Lunatic asylums Punjab 1911-1921 - 1911-1921
Year: 1911
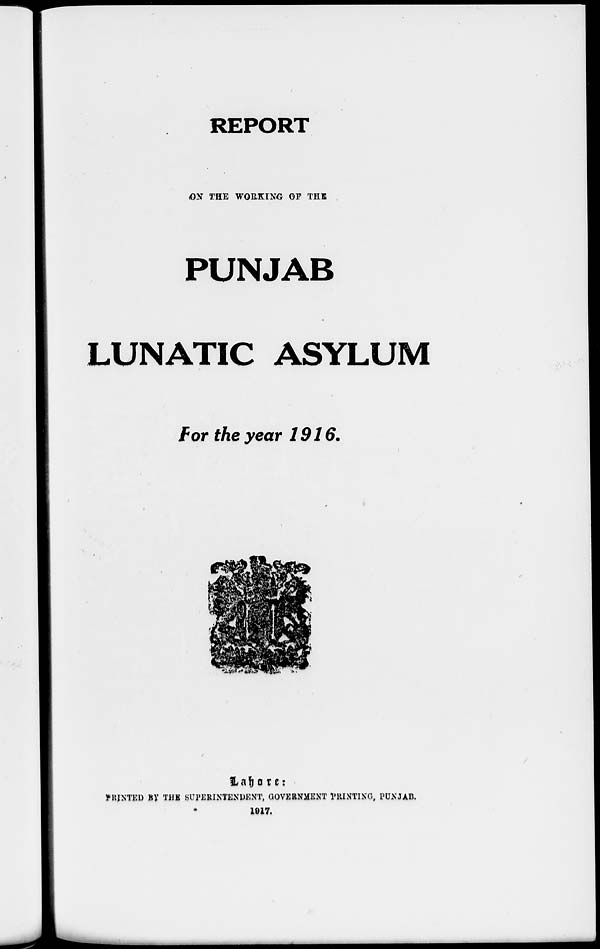
REPORT
ON THE WORKING OF THE
PUNJAB
LUNATIC ASYLUM
For the year 1916.
Lahore:
PRINTED BY THE SUPERINTENDENT, GOVERNMENT PRINTING, PUNJAB.
1917.